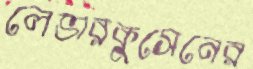
লেভারকুসেনের